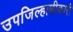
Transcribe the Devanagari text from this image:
उपजिल्हाधीकारी